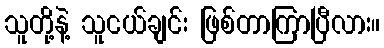
သူတို့နဲ့ သူငယ်ချင်း ဖြစ်တာကြာပြီလား။